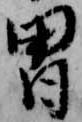
冑